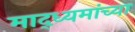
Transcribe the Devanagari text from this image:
माद्ध्यमांच्या